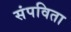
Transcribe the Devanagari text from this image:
संपविता